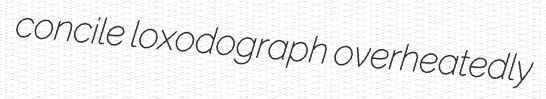
concile loxodograph overheatedly